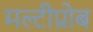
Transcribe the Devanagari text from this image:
मल्टीप्रोब